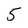
Character: 5